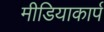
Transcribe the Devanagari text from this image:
मीडियाकार्प